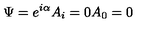
\Psi = e ^ { i \alpha } A _ { i } = 0 A _ { 0 } = 0